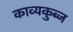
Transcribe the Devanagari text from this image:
काव्यकुब्ज